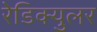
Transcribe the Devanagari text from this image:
रेडिक्युलर